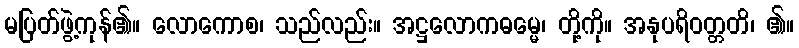
မပြတ်ဖွဲ့ကုန်၏။ လောကောစ၊ သည်လည်း။ အဋ္ဌလောကဓမ္မေ၊ တို့ကို။ အနုပရိဝတ္တတိ၊ ၏။